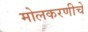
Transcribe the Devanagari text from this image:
मोलकरणीचे